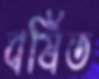
বর্ষিত